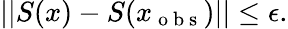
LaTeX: ||S(x)-S(x_{\mathrm{~o~b~s~}})||\leq\epsilon.